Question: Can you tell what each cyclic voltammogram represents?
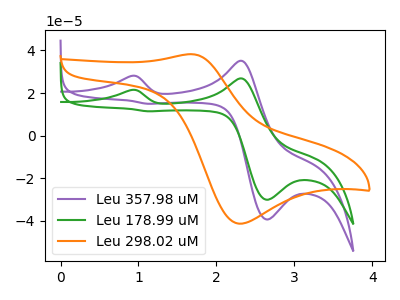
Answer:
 <answer>The purple curve is labeled "Leu 357.98 uM". The green curve is labeled "Leu 178.99 uM". The orange curve is labeled "Leu 298.02 uM".</answer>
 <eval></eval>